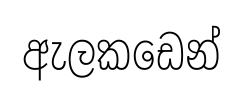
ඇලකඩෙන්